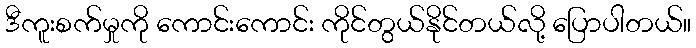
ဒီကူးစက်မှုကို ကောင်းကောင်း ကိုင်တွယ်နိုင်တယ်လို့ ပြောပါတယ်။